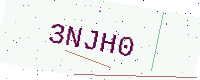
Text: 3NJH0